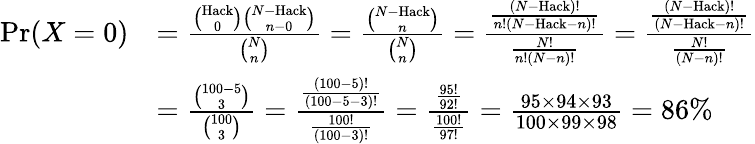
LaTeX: {\begin{array}{rl}{\operatorname*{Pr}(X=0)}&{={\frac{{\binom{\mathrm{Hack}}{0}}{\binom{N-{\mathrm{Hack}}}{n-0}}}{\binom{N}{n}}}={\frac{\binom{N-{\mathrm{Hack}}}{n}}{\binom{N}{n}}}={\frac{\frac{(N-{\mathrm{Hack}})!}{n!(N-{\mathrm{Hack}}-n)!}}{\frac{N!}{n!(N-n)!}}}={\frac{\frac{(N-{\mathrm{Hack}})!}{(N-{\mathrm{Hack}}-n)!}}{\frac{N!}{(N-n)!}}}}\\ &{={\frac{\binom{100-5}{3}}{\binom{100}{3}}}={\frac{\frac{(100-5)!}{(100-5-3)!}}{\frac{100!}{(100-3)!}}}={\frac{\frac{95!}{92!}}{\frac{100!}{97!}}}={\frac{95\times 94\times 93}{100\times 99\times 98}}=86\% }\end{array}}